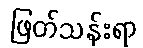
ဖြတ်သန်းရာ